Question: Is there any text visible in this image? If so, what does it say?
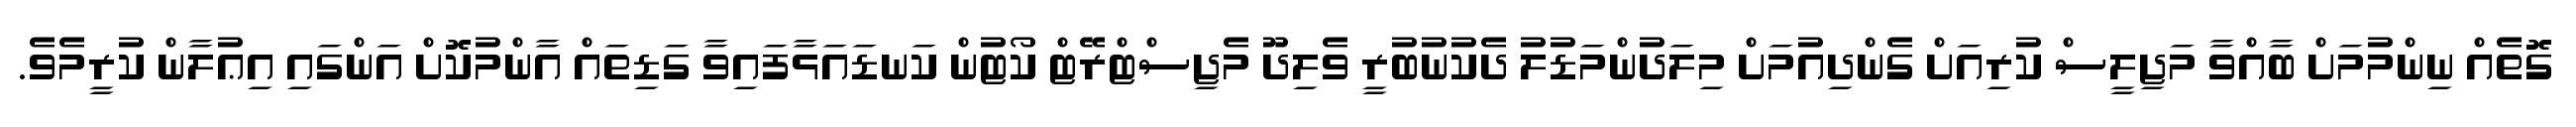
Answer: ގޮތެއް ނިންމުމަށް ބާއްވާ މަޖިލީސް ކުރިއަށް ގެންދިއުމަށް މިލަދުންމަޑުލު ދެކުނުބުރީ ވެލިދޫ މެޖިސްޓްރޭޓް ކޯޓުން ކަނޑައަޅާފައިވާ ގަޑިތައް އާންމުކޮށް އަންގައި އިޢުލާން ކުރީމެވެ.